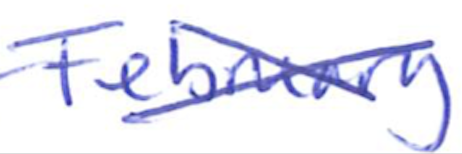
Text: February
Cross-out: cross
Writing tool: ballpoint